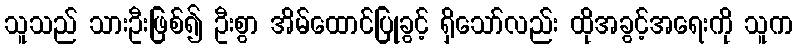
သူသည် သားဦးဖြစ်၍ ဦးစွာ အိမ်ထောင်ပြုခွင့် ရှိသော်လည်း ထိုအခွင့်အရေးကို သူက